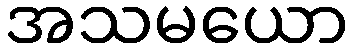
အသမယော